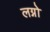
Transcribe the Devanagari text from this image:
लग्नो